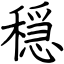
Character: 穏